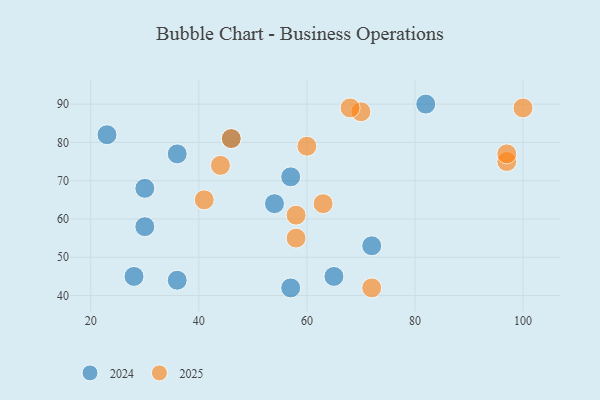
{"axis": {"x": "GDP", "y": "Life Expectancy"}, "legend": ["2024", "2025"], "data": [{"x": "65", "y": 45, "type": "2024"}, {"x": "82", "y": 90, "type": "2024"}, {"x": "30", "y": 68, "type": "2024"}, {"x": "57", "y": 42, "type": "2024"}, {"x": "28", "y": 45, "type": "2024"}, {"x": "54", "y": 64, "type": "2024"}, {"x": "57", "y": 71, "type": "2024"}, {"x": "46", "y": 81, "type": "2024"}, {"x": "72", "y": 53, "type": "2024"}, {"x": "36", "y": 44, "type": "2024"}, {"x": "23", "y": 82, "type": "2024"}, {"x": "30", "y": 58, "type": "2024"}, {"x": "36", "y": 77, "type": "2024"}, {"x": "58", "y": 55, "type": "2025"}, {"x": "70", "y": 88, "type": "2025"}, {"x": "41", "y": 65, "type": "2025"}, {"x": "97", "y": 75, "type": "2025"}, {"x": "44", "y": 74, "type": "2025"}, {"x": "58", "y": 61, "type": "2025"}, {"x": "100", "y": 89, "type": "2025"}, {"x": "60", "y": 79, "type": "2025"}, {"x": "72", "y": 42, "type": "2025"}, {"x": "97", "y": 77, "type": "2025"}, {"x": "63", "y": 64, "type": "2025"}, {"x": "46", "y": 81, "type": "2025"}, {"x": "68", "y": 89, "type": "2025"}]}